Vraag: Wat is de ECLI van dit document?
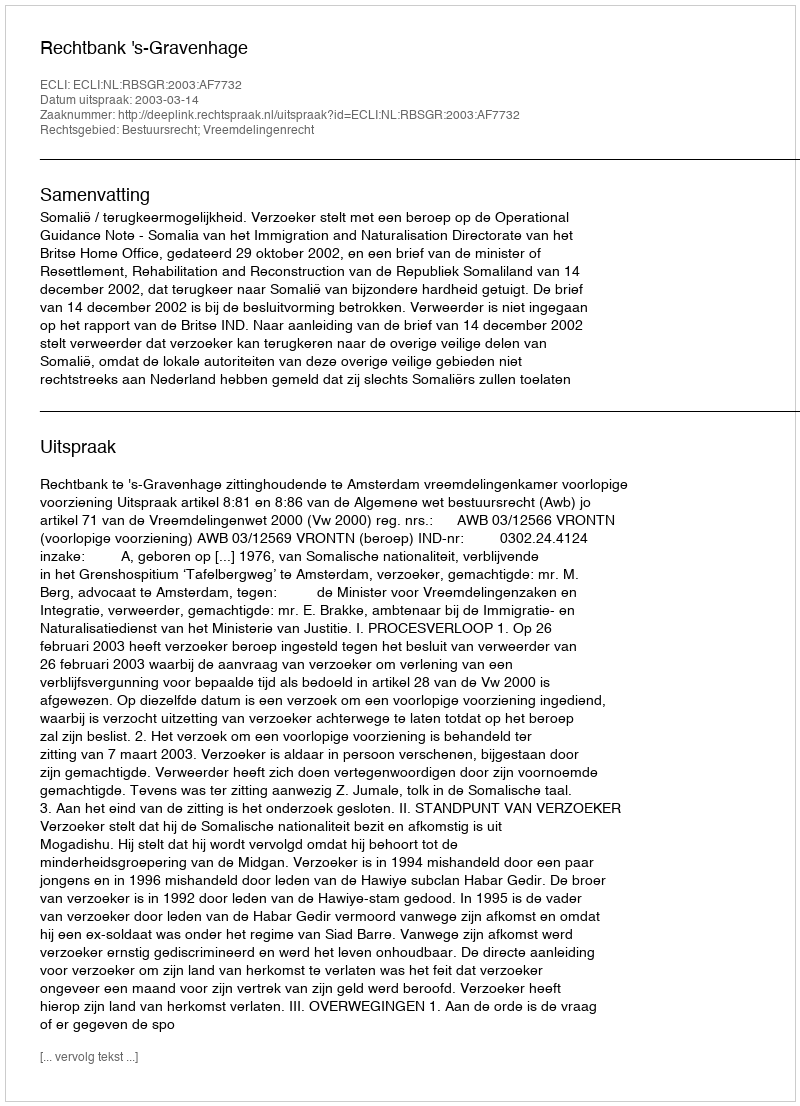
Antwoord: ECLI:NL:RBSGR:2003:AF7732